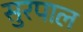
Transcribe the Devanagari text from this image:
सुरपाल